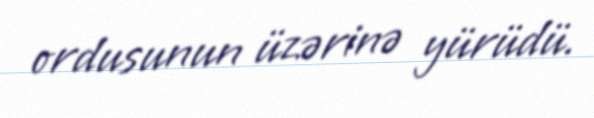
ordusunun üzərinə yürüdü.